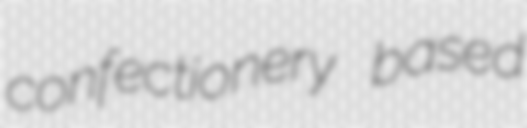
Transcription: confectionery based